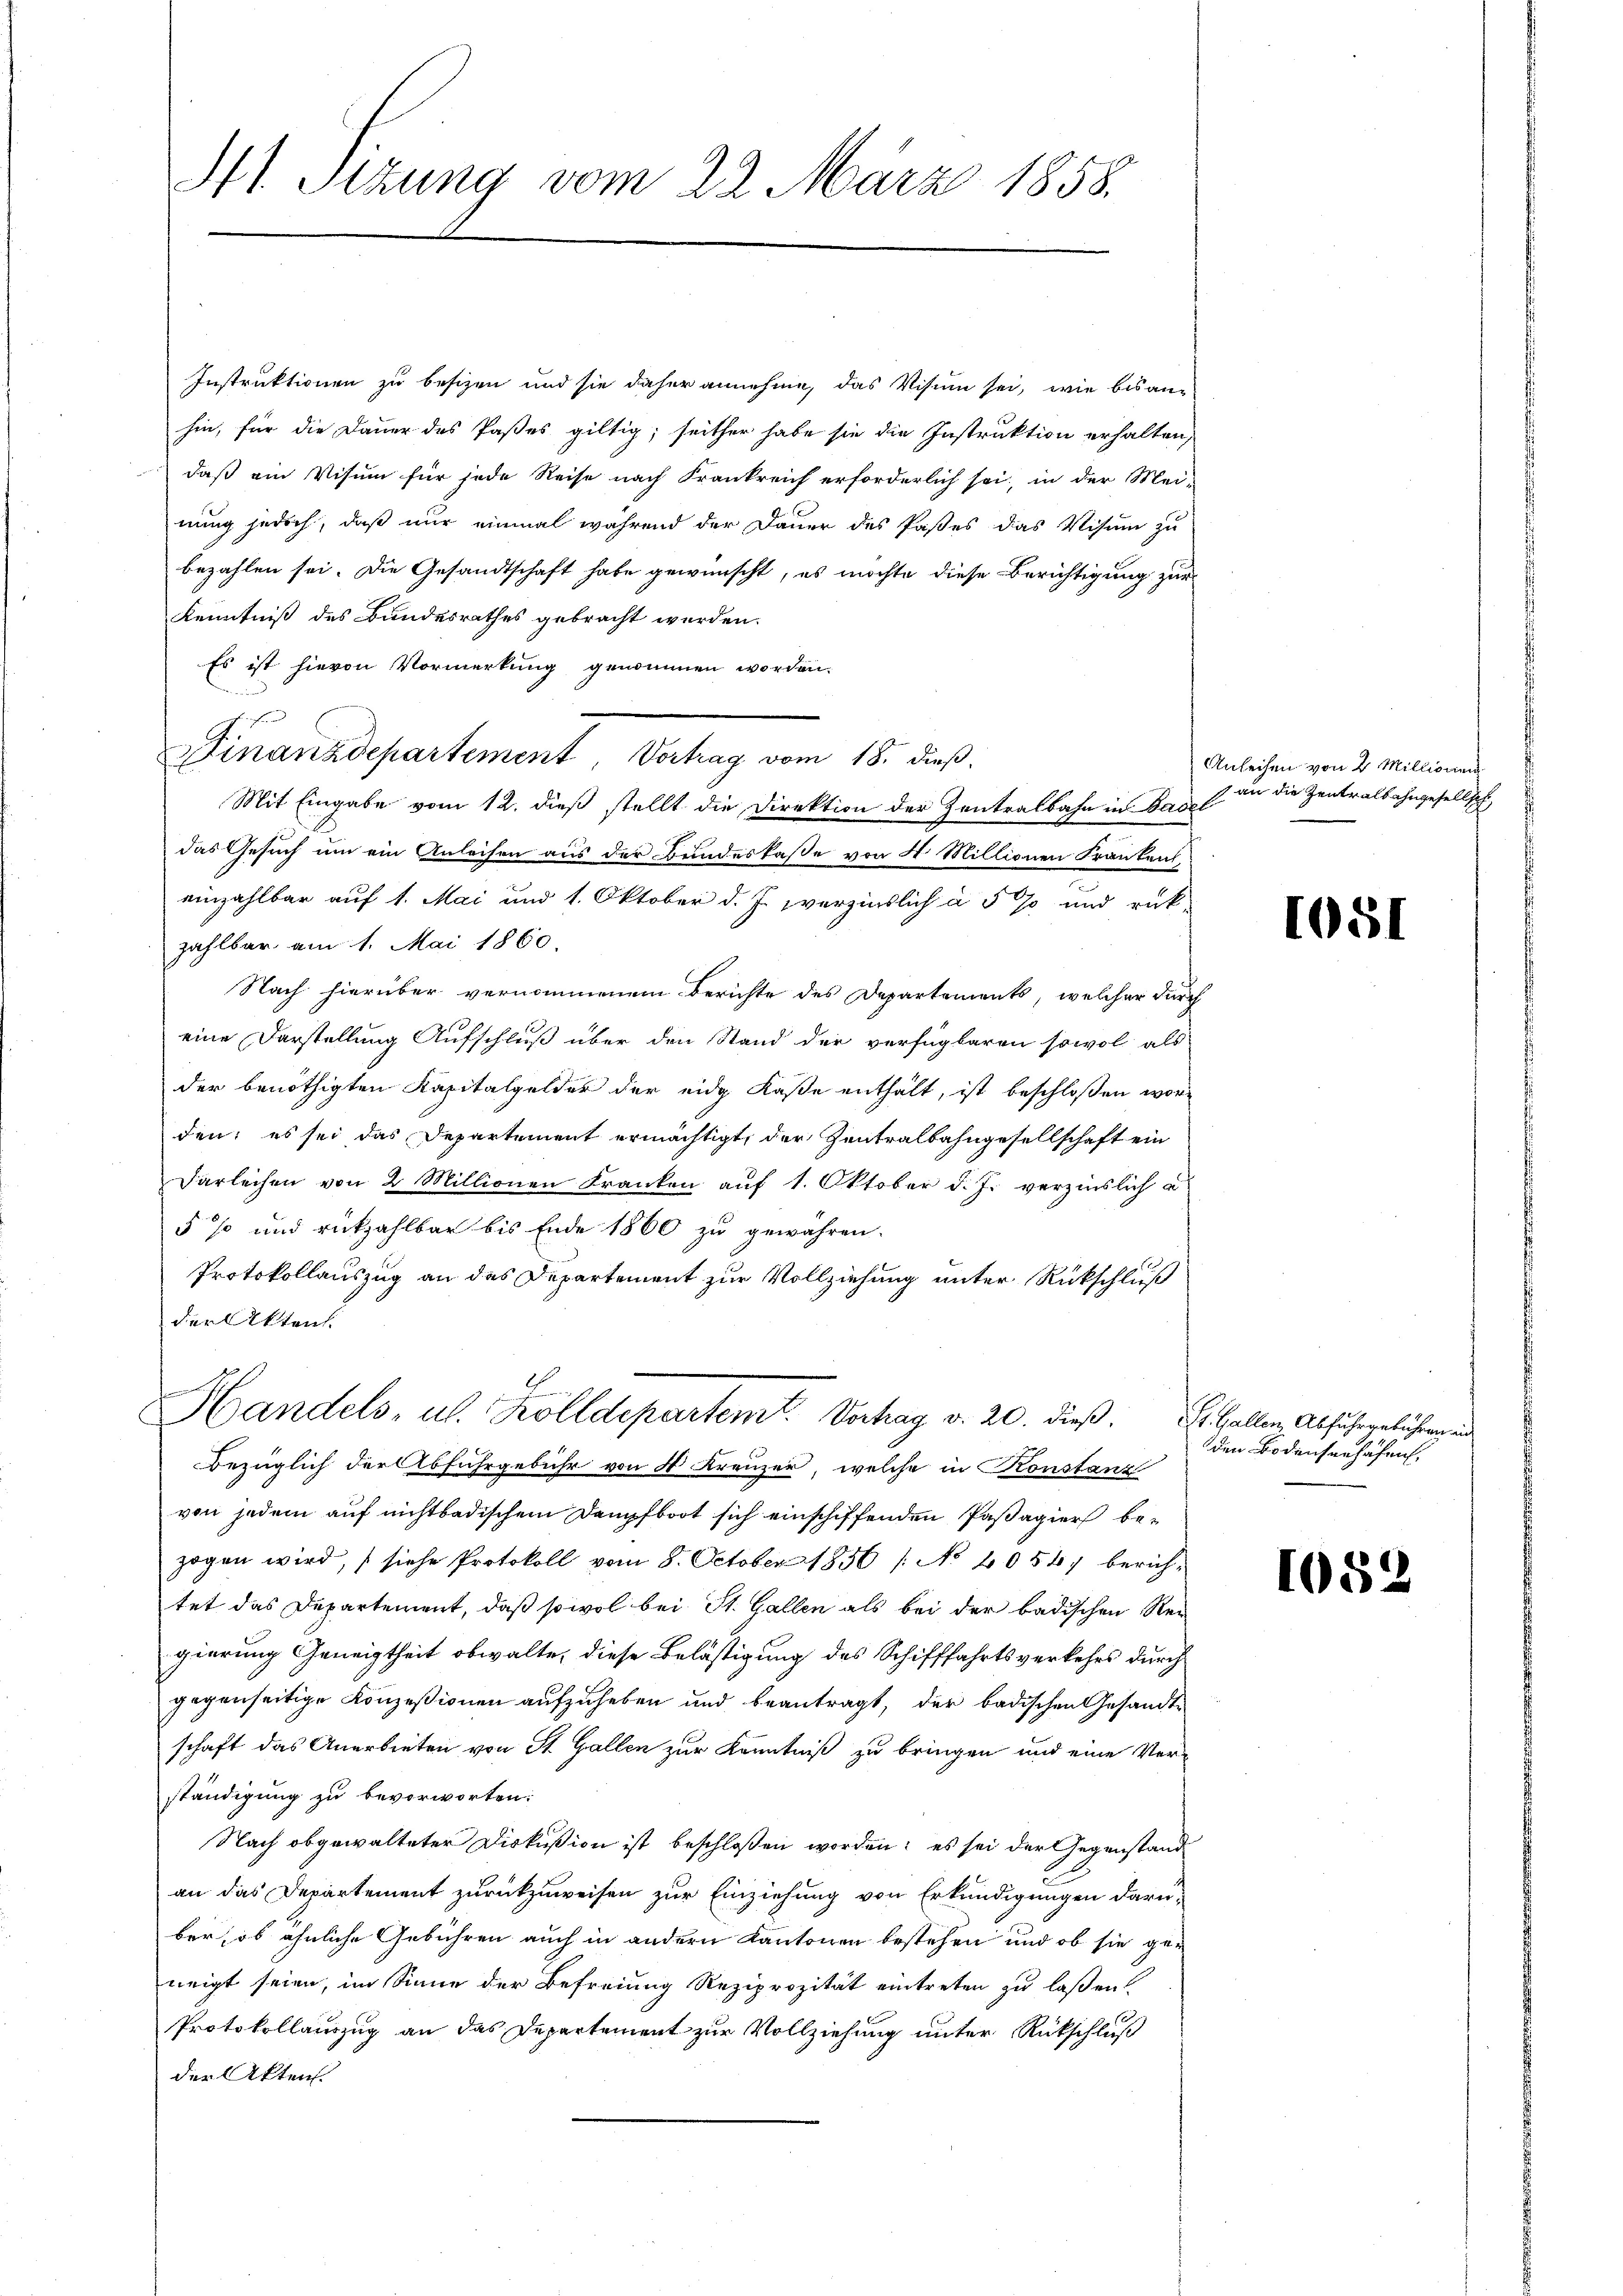
A1 Stzung vom 22. März 1858.

Instruktionen zu besizen und sie daher annehme, das Visum sei, wie bisanhin, für die Dauer des Paßes giltig; seither habe sie die Instruktion erhalten,
daß ein Visum für jede Reise nach Frankreich erforderlich sei, in der Mei-
nung jedoch, daß nur einmal während der Dauer des Paßes das Visum zu
bezahlen sei. Die Gesandtschaft habe gewünscht, es möchte diese Berichtigung zur
Kenntniß des Bundesrathes gebracht werden.
Es ist hievon Vormerkung genommen worden.
Finanzdepartement Vortrag vom 18. dieß.
Mit Eingabe vom 12. dieß stellt die Direktion der Zentralbahn in Basel
das Gesuch um ein Anleisen aus der Bundeskaße von 4 Millionen Franken,
einzahlbar auf 1. Mai und 1. Oktober d. J. verzinslich à 5 % und rück-
zahlbar am 1. Mai 1860.
Nach hierüber vernommenem Berichte des Departements, welcher durch
eine Darstellung Aufschluß über den Stand der verfügbaren sowol als
der benöthigten Kapitalgelder der eidg Kaße enthält, ist beschloßen worden; es sei das Departement ermächtigt, der Zentralbahngesellschaft ein
Darleihen von 2 Millionen Franken auf 1. Oktober d. J. verzinslich u
5% und rückzahlbar bis Ende 1860 zu gewähren.
Protokollauszug an das Departement zur Vollziehung unter Rückschluß
der Akten.
Handels, u. Kolldepartemt. Verhag v. 20. dieß. L. Gallen, Abfuhrgebühren und
Bezüglich der Abfuhrgebühr von 4 Kreuzer, welche in Konstanz
von jedem auf nichtbadischem Dampfboot sich einschiffenden Passagier bezogen wird, (siehe Protokoll vom 8. October 1856 /: No 4054, berichtet das Departement, daß sowol bei St. Gallen als bei der badischen Rei
gierung Geneigtheit obwalte, diese Belästigung des Schifffahrtsverkehrs durch
gegenseitige Konzessionen aufzuheben und beantragt, der badischen Gesandtschaft das Anerbieten von St. Gallen zur Kenntniß zu bringen und eine Ver-
ständigung zu bevorworten:
Nach obgewalteter Diskußion ist beschloßen worden; es sei der Gegenstand
an das Departement zurückzuweisen zur Einziehung von Erkundigungen darüber, ob ähnliche Gebühren auch in andern Kantonen bestehen und ob sie ge-
neigt seien, im Sinne der Befreiung Reziprozität eintreten zu laßen.
Protokollauszug an das Departement zur Vollziehung unter Rückschluß
der Akten.

Anleihen von 2 Millionen
s an die Zentralbahngesellsch

1051

den Bodensenhafen.

1082